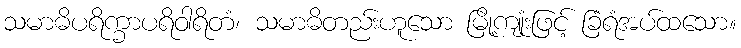
သမာဓိပရိက္ခာပရိဝါရိတံ၊ သမာဓိတည်းဟူသော မြို့ကျုံးဖြင့် ခြံရံအပ်ထသော။